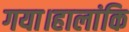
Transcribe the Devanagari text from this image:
गया।हालांकि